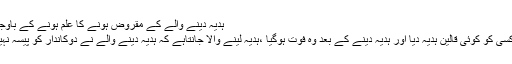
ہدیہ دینے والے کے مقروض ہونے کا علم ہونے کے باوجود،ہدیہ میں تصرف کرنا
سوال۲: ایک شخص نے کسی کو کوئی قالین ہدیہ دیا اور ہدیہ دینے کے بعد وہ فوت ہوگیا ،ہدیہ لینے والا جانتاہے کہ ہدیہ دینے والے نے دوکاندار کو پیسہ نہیں دیا ہے،وظیفہ کیا ہے؟